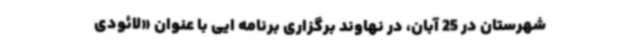
شهرستان در 25 آبان، در نهاوند برگزاری برنامه ایی با عنوان «لائودی